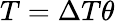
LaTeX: T=\Delta T\theta